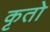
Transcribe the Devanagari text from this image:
कृतो